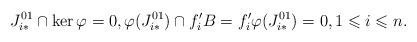
LaTeX: \begin{align*} J^{01}_{i*} \cap \ker \varphi = 0,\varphi (J^{01}_{i*}) \cap f_i' B = f_i'\varphi (J^{01}_{i*}) = 0, 1\leqslant i \leqslant n. \end{align*}